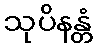
သုပိနန္တံ